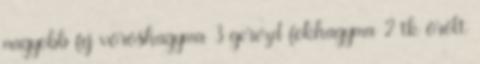
nagyobb fej vöröshagyma 3 gerezd fokhagyma 2 tk őrölt